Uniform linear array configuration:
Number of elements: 8
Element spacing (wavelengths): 1
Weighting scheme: hann
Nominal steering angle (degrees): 60
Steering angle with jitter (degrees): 58.663
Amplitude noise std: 0.05
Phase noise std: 0.05

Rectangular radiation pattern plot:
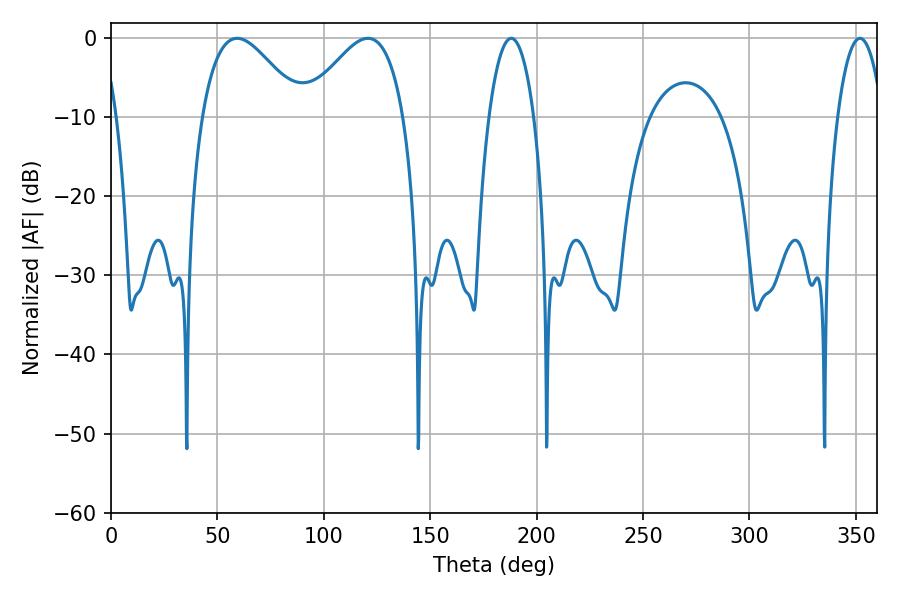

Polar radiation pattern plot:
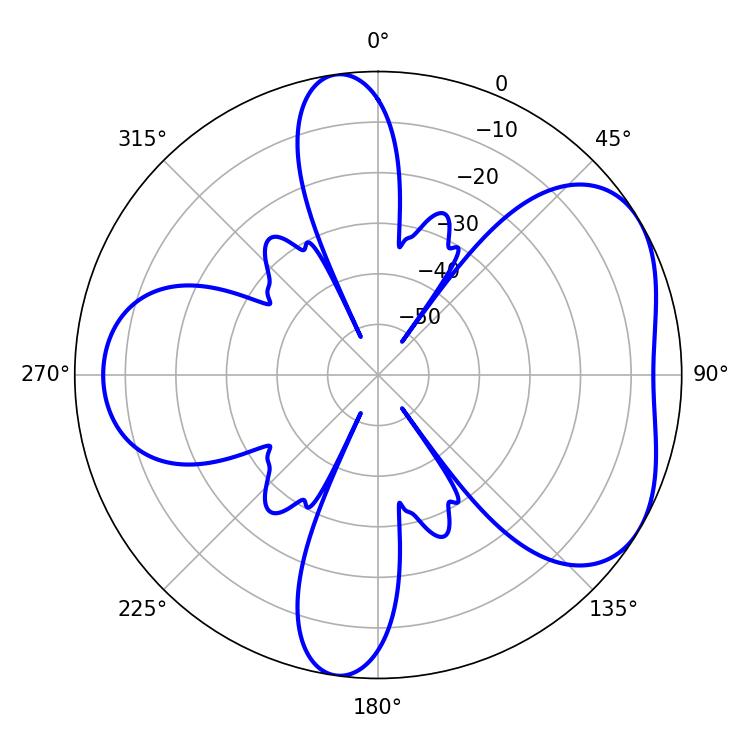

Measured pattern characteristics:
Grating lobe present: TRUE
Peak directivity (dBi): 4.867
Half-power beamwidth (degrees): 25.2
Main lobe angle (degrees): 59.22